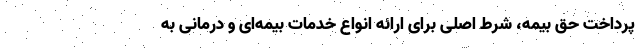
پرداخت حق بیمه، شرط اصلی برای ارائه انواع خدمات بیمه‌ای و درمانی به